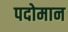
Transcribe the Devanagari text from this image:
पदोमान